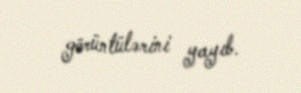
görüntülərini yayıb.